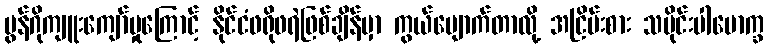
မွန်ဂိုကျူးကျော်မှုကြောင့် နိုင်ငံဖရိုဖရဲဖြစ်ချိန်မှာ ကွယ်ပျောက်တာလို့ အငြိမ်းစား သမိုင်းပါမောက္ခ